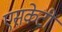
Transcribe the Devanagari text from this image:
एसकेटी